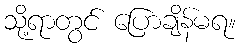
သို့ရာတွင် ပြောချိန်မရ။